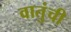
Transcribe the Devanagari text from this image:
वातुंची